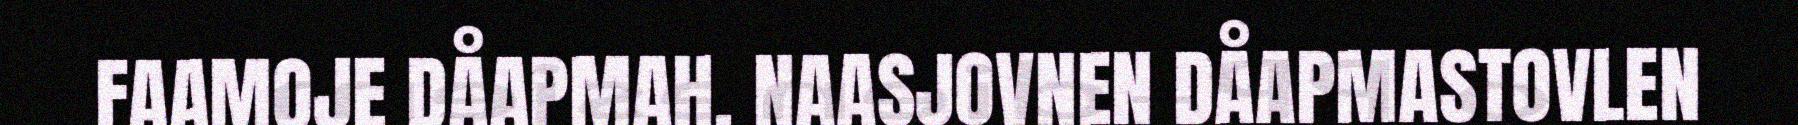
FAAMOJE DÅAPMAH. NAASJOVNEN DÅAPMASTOVLEN